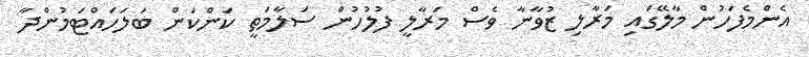
އެންމެފަހުން މާލޭގައި މަރާލި ޒުވާނާ ވެސް މަރާލީ ފުލުހުން ސަލާމަތީ ކަންކަން ބަލަހައްޓަމުންދާ